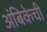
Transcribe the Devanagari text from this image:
अंबिकेची